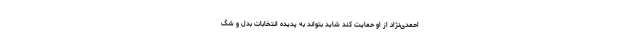
احمدی‌نژاد از او حمایت کند شاید بتواند به پدیده انتخابات بدل و شگ